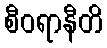
စီဝရာနီတိ